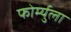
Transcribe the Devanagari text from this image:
फोर्म्युला